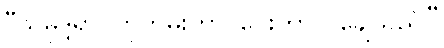
“သမုဒ္ဒရာ၊ ဟိုကမ်းဟာ၊ ဝေးကွာလှချေသည်၊”